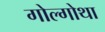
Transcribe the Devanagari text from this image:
गोल्गोथा